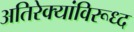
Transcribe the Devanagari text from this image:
अतिरेक्यांविरूध्द